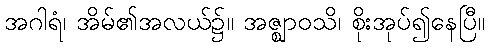
အဂါရံ၊ အိမ်၏အလယ်၌။ အဇ္ဈာဝသိ၊ စိုးအုပ်၍နေပြီ။